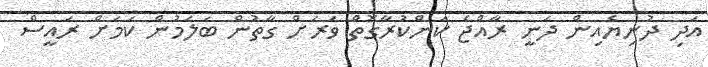
އަދި ދުނިޔެއިން ދަނީ ރާއްޖެ ކަންކުރާގޮތް ވަރަށް ގާތުން ބަލަމުން ކަމަށް ރައީސް